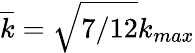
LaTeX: \overline{{k}}=\sqrt{7/12}k_{max}